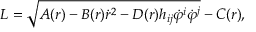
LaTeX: { \cal L } = \sqrt { A ( r ) - B ( r ) \dot { r } ^ { 2 } - D ( r ) h _ { i j } \dot { \varphi } ^ { i } \dot { \varphi } ^ { j } } - C ( r ) ,